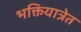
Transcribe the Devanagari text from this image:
भक्तियात्रेत